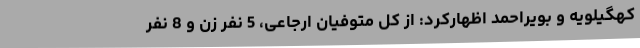
کهگیلویه و بویراحمد اظهارکرد: از کل متوفیان ارجاعی، 5 نفر زن و 8 نفر